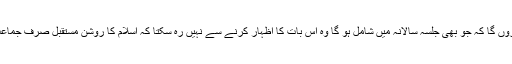
مَیں اس بات کا برملا اظہار کروں گا کہ جو بھی جلسہ سالانہ میں شامل ہو گا وہ اس بات کا اظہار کرنے سے نہیں رہ سکتا کہ اسلام کا روشن مستقبل صرف جماعت احمدیہ کے ہی ہاتھ میں ہے۔